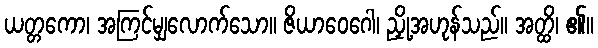
ယတ္တကော၊ အကြင်မျှလောက်သော။ ဇိယာဝေဂေါ၊ ညှို့အဟုန်သည်။ အတ္ထိ၊ ၏။